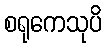
စရုကေသုပိ